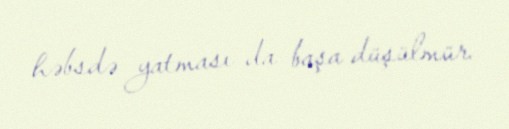
həbsdə yatması da başa düşülmür.